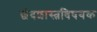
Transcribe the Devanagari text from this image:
छंदशास्त्रविषयक